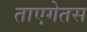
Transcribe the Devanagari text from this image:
ताएगेतस